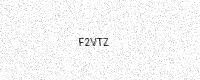
Text: F2VTZ